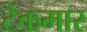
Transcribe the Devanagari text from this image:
टैंकमार